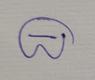
Signature authenticity: genuine